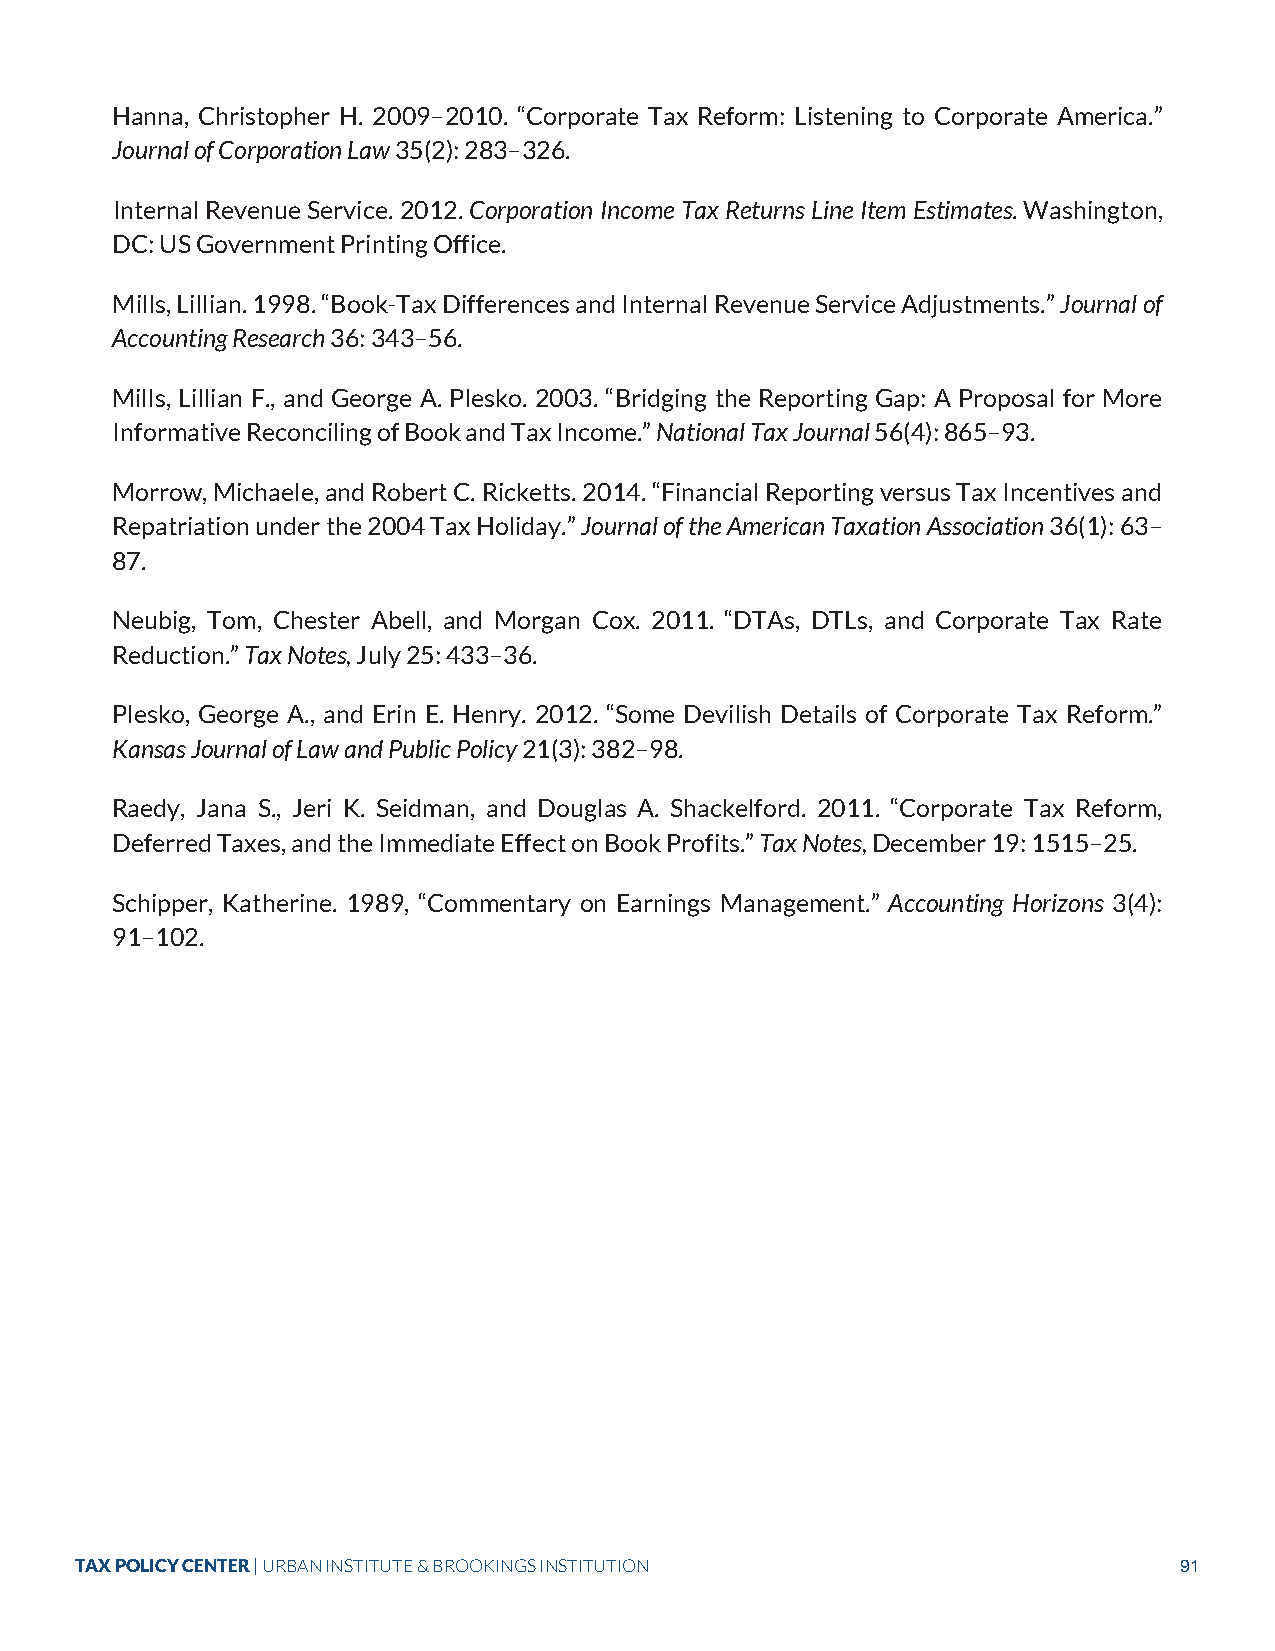
Hanna, Christopher H. 2009–2010. “Corporate Tax Reform: Listening to Corporate America.”
 Journal of Corporation Law 35(2): 283–326.
 Internal Revenue Service. 2012. Corporation Income Tax Returns Line Item Estimates. Washington,
 DC: US Government Printing Office.
 Mills, Lillian. 1998. “Book-Tax Differences and Internal Revenue Service Adjustments.” Journal of
 Accounting Research 36: 343–56.
 Mills, Lillian F., and George A. Plesko. 2003. “Bridging the Reporting Gap: A Proposal for More
 Informative Reconciling of Book and Tax Income.” National Tax Journal 56(4): 865–93.
 Morrow, Michaele, and Robert C. Ricketts. 2014. “Financial Reporting versus Tax Incentives and
 Repatriation under the 2004 Tax Holiday.” Journal of the American Taxation Association 36(1): 63–
 87.
 Neubig, Tom, Chester Abell, and Morgan Cox. 2011. “DTAs, DTLs, and Corporate Tax Rate
 Reduction.” Tax Notes, July 25: 433–36.
 Plesko, George A., and Erin E. Henry. 2012. “Some Devilish Details of Corporate Tax Reform.”
 Kansas Journal of Law and Public Policy 21(3): 382–98.
 Raedy, Jana S., Jeri K. Seidman, and Douglas A. Shackelford. 2011. “Corporate Tax Reform,
 Deferred Taxes, and the Immediate Effect on Book Profits.” Tax Notes, December 19: 1515–25.
 Schipper, Katherine. 1989, “Commentary on Earnings Management.” Accounting Horizons 3(4):
 91–102.
 TAX POLICY CENTER | URBAN INSTITUTE & BROOKINGS INSTITUTION              91